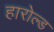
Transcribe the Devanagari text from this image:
हारोल्ड